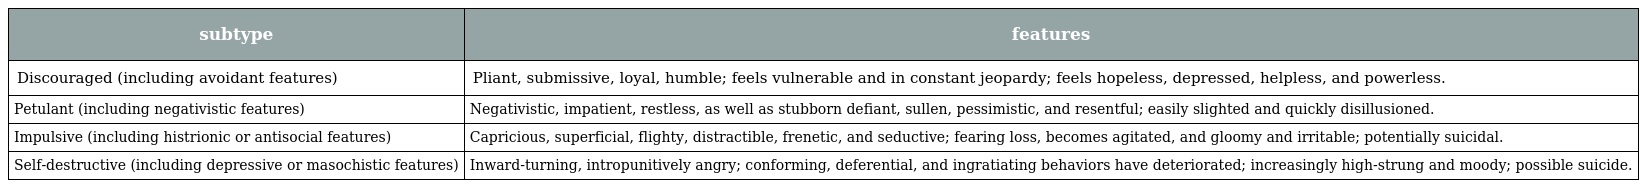
| subtype | features |
 | --- | --- |
 | Discouraged (including avoidant features) | Pliant, submissive, loyal, humble; feels vulnerable and in constant jeopardy; feels hopeless, depressed, helpless, and powerless. |
 | Petulant (including negativistic features) | Negativistic, impatient, restless, as well as stubborn defiant, sullen, pessimistic, and resentful; easily slighted and quickly disillusioned. |
 | Impulsive (including histrionic or antisocial features) | Capricious, superficial, flighty, distractible, frenetic, and seductive; fearing loss, becomes agitated, and gloomy and irritable; potentially suicidal. |
 | Self-destructive (including depressive or masochistic features) | Inward-turning, intropunitively angry; conforming, deferential, and ingratiating behaviors have deteriorated; increasingly high-strung and moody; possible suicide. |